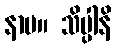
နာမ။ သိပ္ပါနိ